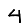
Digit: 4